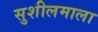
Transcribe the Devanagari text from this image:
सुशीलमाला